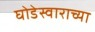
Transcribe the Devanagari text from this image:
घोडेस्वाराच्या